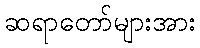
ဆရာတော်များအား